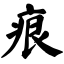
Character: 痕